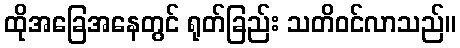
ထိုအခြေအနေတွင် ရုတ်ခြည်း သတိဝင်လာသည်။